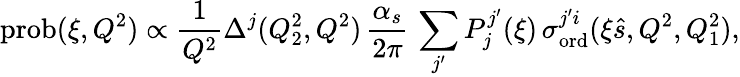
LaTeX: \mathrm{prob}(\xi,Q^{2})\propto\frac{1}{Q^{2}}\Delta^{j}(Q_{2}^{2},Q^{2})\, \frac{\alpha_{s}}{2\pi}\, \sum_{j^{\prime}}P_{j}^{j^{\prime}}(\xi)\, \sigma_{\mathrm{ord}}^{j^{\prime}i}(\xi\hat{s},Q^{2},Q_{1}^{2}),